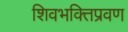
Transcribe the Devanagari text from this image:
शिवभक्तिप्रवण